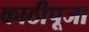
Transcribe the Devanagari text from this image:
काठीपूजा